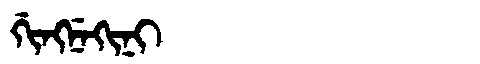
Manchu: ᡤᡳᠩᠨᡝᡴᡳᠨᡳ
Romanization: GINGNEKINI